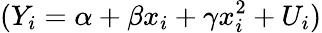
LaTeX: (Y_{i}=\alpha+\beta x_{i}+\gamma x_{i}^{2}+U_{i})